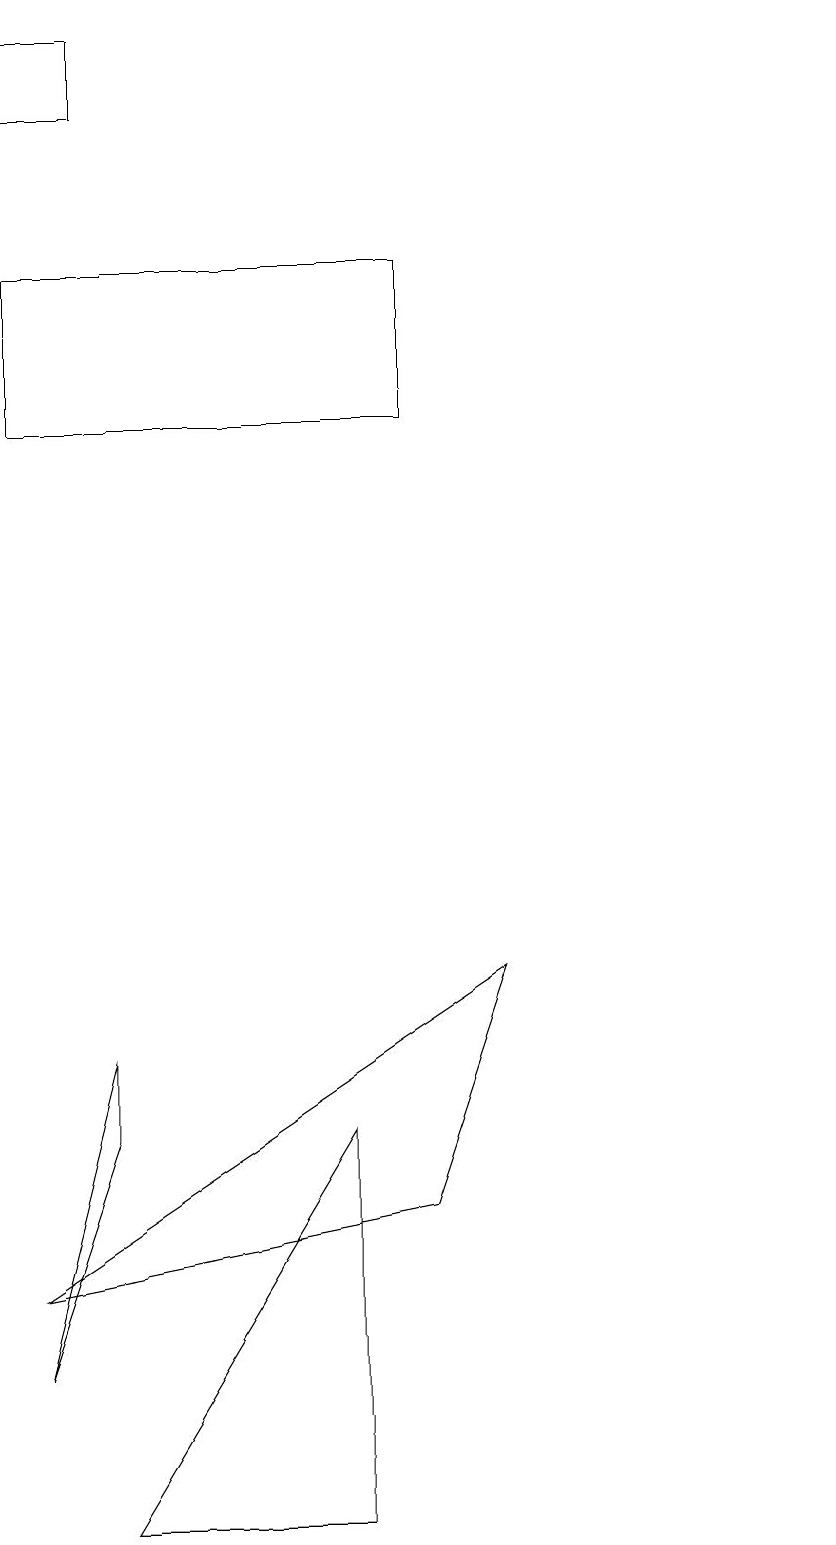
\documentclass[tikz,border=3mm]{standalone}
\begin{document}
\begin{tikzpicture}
\draw (4,0) -- (4,5) -- (1,0) -- cycle;
\draw (0,16) rectangle (5,14);
\draw (1,5) -- (0,2) -- (1,6) -- cycle;
\draw (0,18) rectangle (1,19);
\draw (10,12) circle (0);
\draw (5,4) -- (0,3) -- (6,7) -- cycle;
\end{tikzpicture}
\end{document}